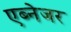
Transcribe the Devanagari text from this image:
एब्नेजर